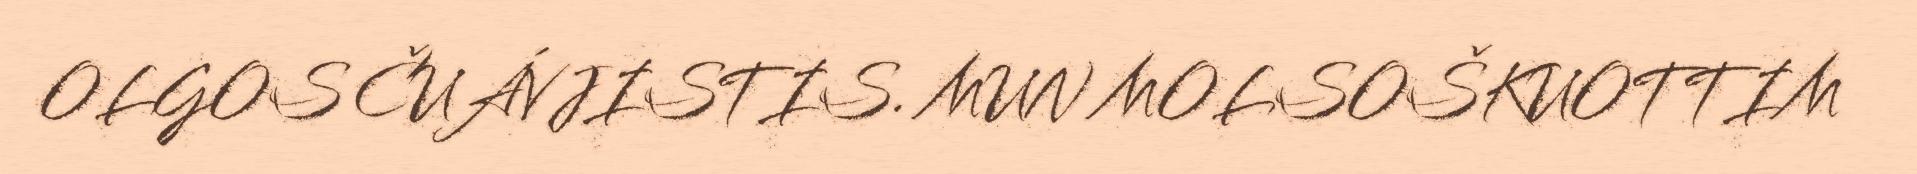
OLGOS ČUÁVJISTIS. MUN MOLSOŠKUOTTIM